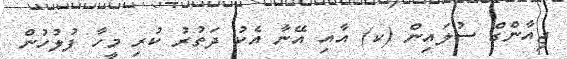
ޖިއާންގް ސުލައިން (ކ) އާއި އޭނާ އެކު ދަތުރު ކުރި މީހާ ފުލުހުން